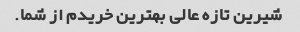
شیرین تازه عالی بهترین خریدم از شما.